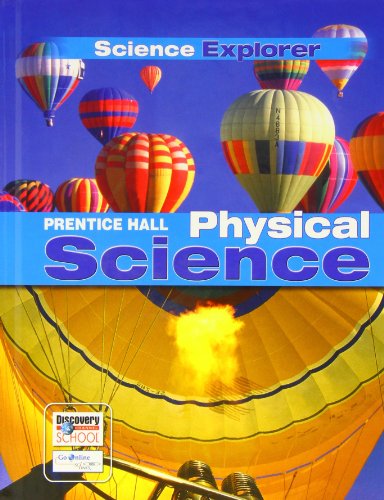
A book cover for Prentice Hall Science Explorer: Physical Science; Prentice Hall; Teen & Young Adult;